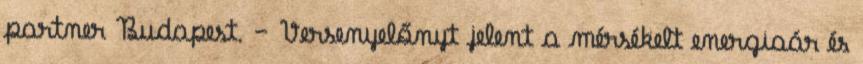
partner Budapest. – Versenyelőnyt jelent a mérsékelt energiaár és